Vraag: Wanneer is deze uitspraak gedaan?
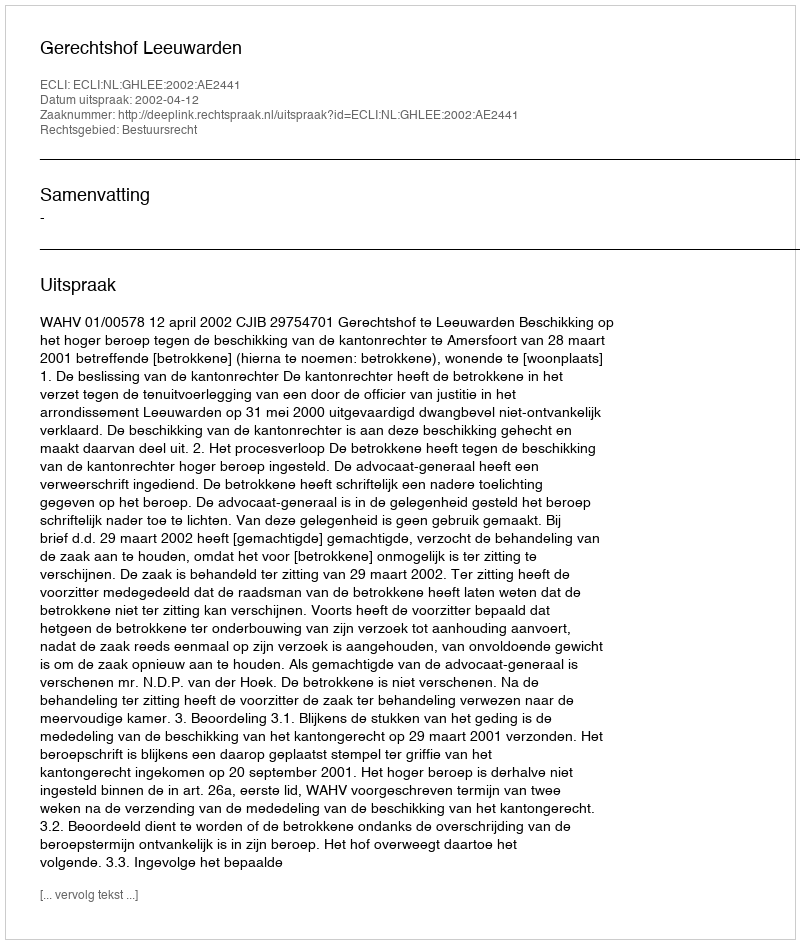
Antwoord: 2002-04-12